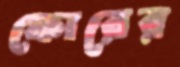
ফোরের